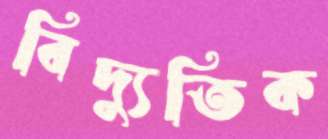
বিদ্যুতিক